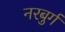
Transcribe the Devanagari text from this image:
नरबुर्ग